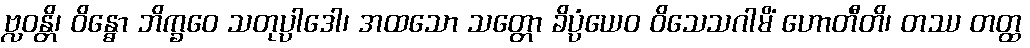
ဗ္လဝန္တိ၊ ဝိန္ဓော ဘိက္ခဝေ သတုပ္ပါဒေါ၊ အထသော သတ္တော ခိပ္ပံယေဝ ဝိသေသဂါမိံ ဟောတီတိ၊ တဿ တတ္ထ